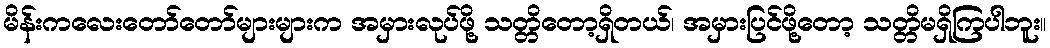
မိန်းကလေးတော်တော်များများက အမှားလုပ်ဖို့ သတ္တိတော့ရှိတယ်၊ အမှားပြင်ဖို့တော့ သတ္တိမရှိကြပါဘူး။